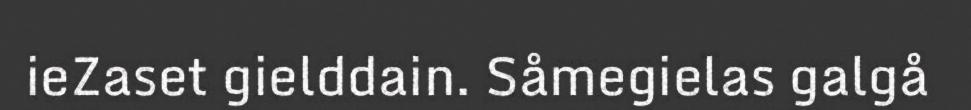
ieZaset gielddain. Såmegielas galgå